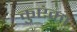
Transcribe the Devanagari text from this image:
कुएंका